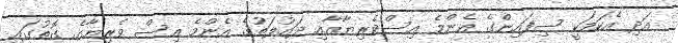
އަދި އެކަމަކީ ސިފައިންގެ އެންމެ އިސްވެރިޔާއާއި ދައުލަތުގެ އެންމެ އިސް ވެރިޔާގެ ގޮތުގައި